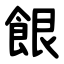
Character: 䬶